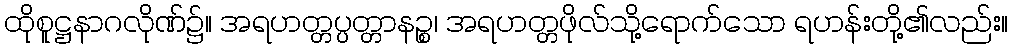
ထိုစူဋ္ဌနာဂလိုဏ်၌။ အရဟတ္တပ္ပတ္တာနဉ္စ၊ အရဟတ္တဖိုလ်သို့ရောက်သော ရဟန်းတို့၏လည်း။